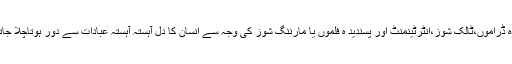
پسندیدہ ڈراموں،ٹالک شوز،انٹرٹینمنٹ اور پسندید ہ فلموں یا مارننگ شوز کی وجہ سے انسان کا دل آہستہ آہستہ عبادات سے دور ہوتاچلا جاتا ہے۔